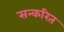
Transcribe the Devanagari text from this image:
सन्करित